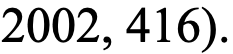
2002, 416).